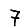
Digit: 7